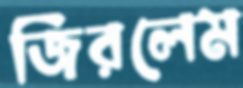
জিরলেম